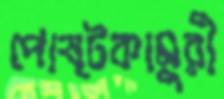
পোষ্টকামুরী